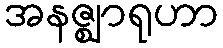
အနဇ္ဈာရုဟာ